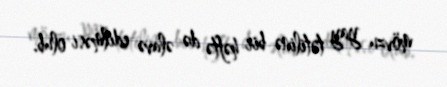
mövzu yay tətilinə bir həftə də əlavə edilməsi olub.